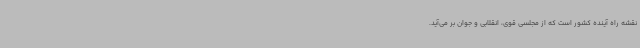
نقشه راه آینده کشور است که از مجلسی قوی، انقلابی و جوان بر می‌آید.